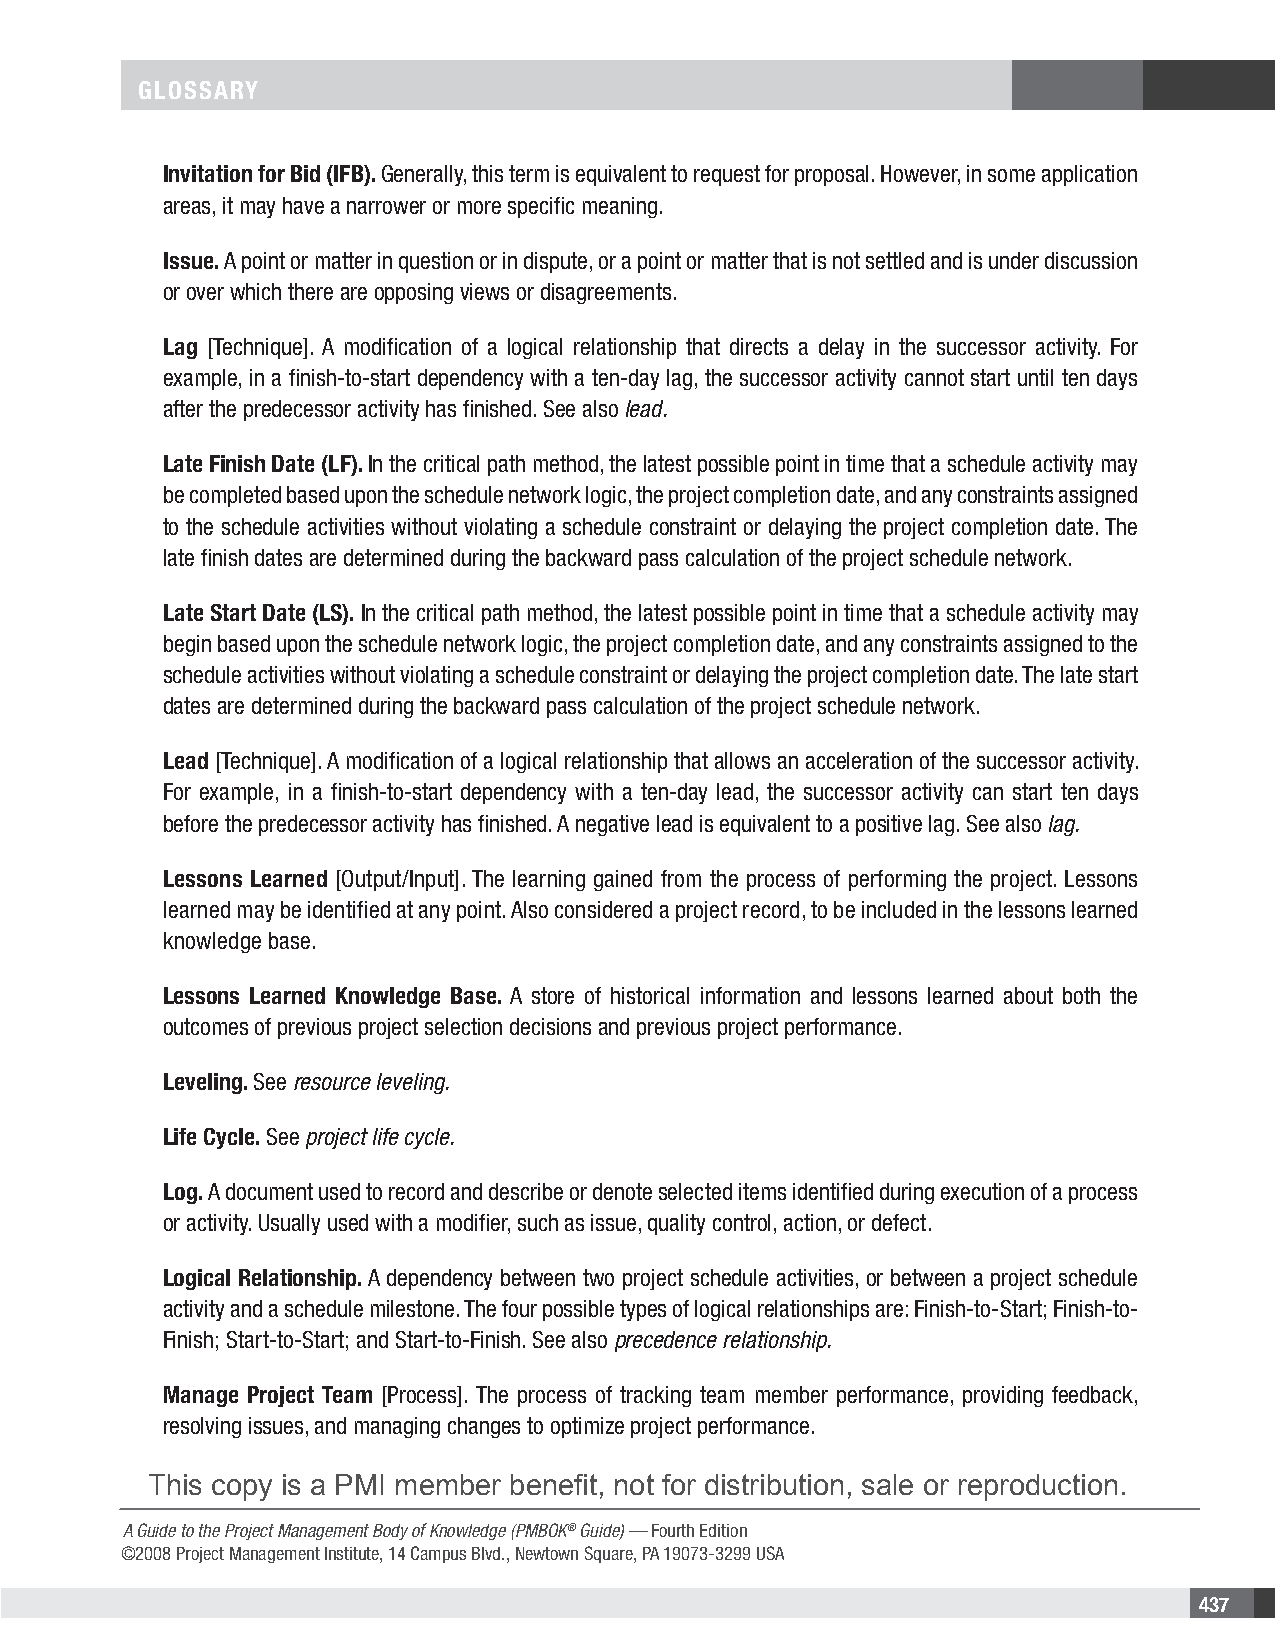
GLOSSARY
 Invitation for Bid (IFB). Generally, this term is equivalent to request for proposal. However, in some application
 areas, it may have a narrower or more specific meaning.
 Issue. A point or matter in question or in dispute, or a point or matter that is not settled and is under discussion
 or over which there are opposing views or disagreements.
 Lag [Technique]. A modification of a logical relationship that directs a delay in the successor activity. For
 example, in a finish-to-start dependency with a ten-day lag, the successor activity cannot start until ten days
 after the predecessor activity has finished. See also lead.
 Late Finish Date (LF). In the critical path method, the latest possible point in time that a schedule activity may
 be completed based upon the schedule network logic, the project completion date, and any constraints assigned
 to the schedule activities without violating a schedule constraint or delaying the project completion date. The
 late finish dates are determined during the backward pass calculation of the project schedule network.
 Late Start Date (LS). In the critical path method, the latest possible point in time that a schedule activity may
 begin based upon the schedule network logic, the project completion date, and any constraints assigned to the
 schedule activities without violating a schedule constraint or delaying the project completion date. The late start
 dates are determined during the backward pass calculation of the project schedule network.
 Lead [Technique]. A modification of a logical relationship that allows an acceleration of the successor activity.
 For example, in a finish-to-start dependency with a ten-day lead, the successor activity can start ten days
 before the predecessor activity has finished. A negative lead is equivalent to a positive lag. See also lag.
 Lessons Learned [Output/Input]. The learning gained from the process of performing the project. Lessons
 learned may be identified at any point. Also considered a project record, to be included in the lessons learned
 knowledge base.
 Lessons Learned Knowledge Base. A store of historical information and lessons learned about both the
 outcomes of previous project selection decisions and previous project performance.
 Leveling. See resource leveling.
 Life Cycle. See project life cycle.
 Log. A document used to record and describe or denote selected items identified during execution of a process
 or activity. Usually used with a modifier, such as issue, quality control, action, or defect.
 Logical Relationship. A dependency between two project schedule activities, or between a project schedule
 activity and a schedule milestone. The four possible types of logical relationships are: Finish-to-Start; Finish-to-
 Finish; Start-to-Start; and Start-to-Finish. See also precedence relationship.
 Manage Project Team [Process]. The process of tracking team member performance, providing feedback,
 resolving issues, and managing changes to optimize project performance.
 This copy is a PMI member benefit, not for distribution, sale or reproduction.
 A Guide to the Project Management Body of Knowledge (PMBOK® Guide) — Fourth Edition
 ©2008 Project Management Institute, 14 Campus Blvd., Newtown Square, PA 19073-3299 USA
 437